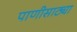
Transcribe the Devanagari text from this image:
पाणीसाठ्या